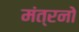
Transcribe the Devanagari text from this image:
मंत्रनो